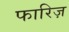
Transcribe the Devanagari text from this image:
फारिज़